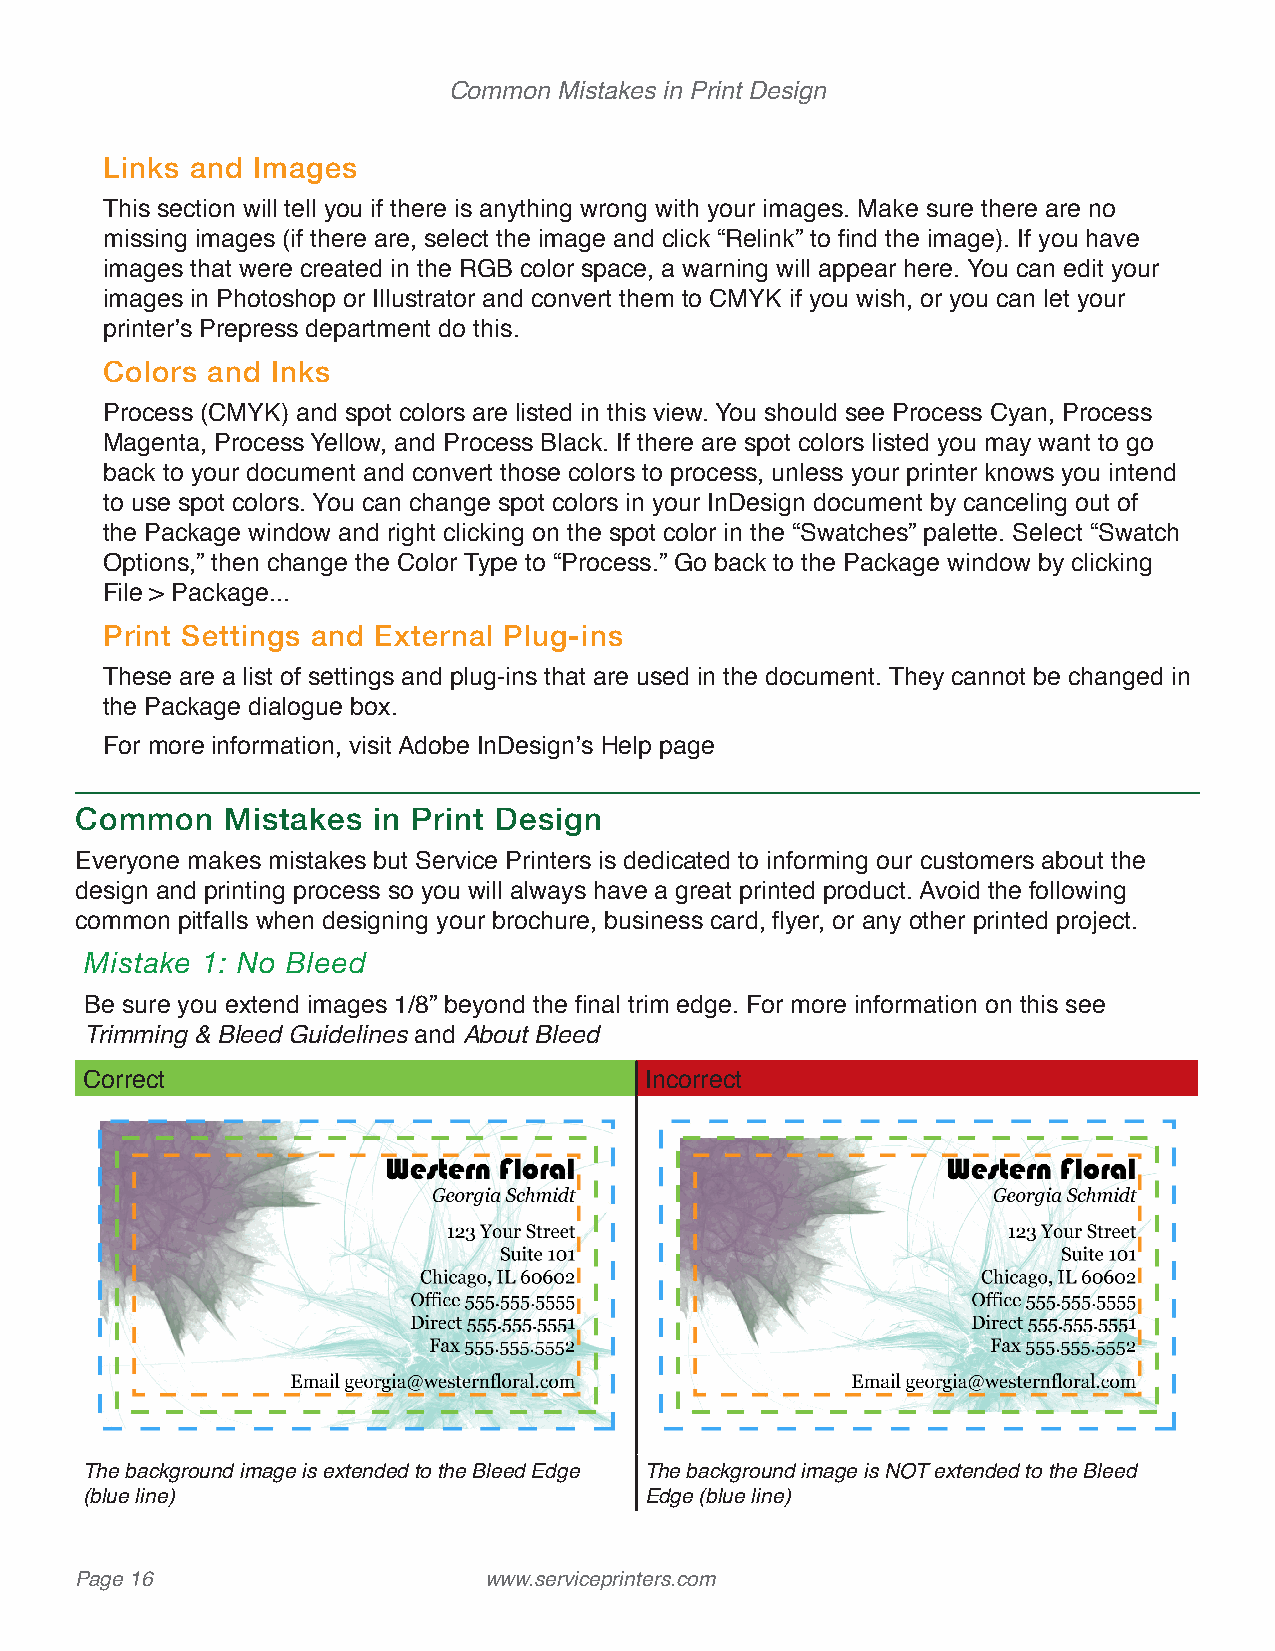
Common Mistakes in Print Design
 Links and Images
 This section will tell you if there is anything wrong with your images. Make sure there are no
 missing images (if there are, select the image and click “Relink” to find the image). If you have
 images that were created in the RGB color space, a warning will appear here. You can edit your
 images in Photoshop or Illustrator and convert them to CMYK if you wish, or you can let your
 printer’s Prepress department do this.
 Colors and Inks
 Process (CMYK) and spot colors are listed in this view. You should see Process Cyan, Process
 Magenta, Process Yellow, and Process Black. If there are spot colors listed you may want to go
 back to your document and convert those colors to process, unless your printer knows you intend
 to use spot colors. You can change spot colors in your InDesign document by canceling out of
 the Package window and right clicking on the spot color in the “Swatches” palette. Select “Swatch
 Options,” then change the Color Type to “Process.” Go back to the Package window by clicking
 File > Package...
 Print Settings and External Plug-ins
 These are a list of settings and plug-ins that are used in the document. They cannot be changed in
 the Package dialogue box.
 For more information, visit Adobe InDesign’s Help page
 Common    Mistakes  in Print Design
 Everyone makes mistakes but Service Printers is dedicated to informing our customers about the
 design and printing process so you will always have a great printed product. Avoid the following
 common pitfalls when designing your brochure, business card, flyer, or any other printed project.
 Mistake 1: No Bleed
 Be sure you extend images 1/8” beyond the final trim edge. For more information on this see
 Trimming & Bleed Guidelines and About Bleed
 Correct                              Incorrect
 The background image is extended to the Bleed Edge The background image is NOT extended to the Bleed
 (blue line)                          Edge (blue line)
 Page 16                    www.serviceprinters.com